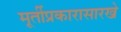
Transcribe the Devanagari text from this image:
मूर्तीप्रकारासारखे